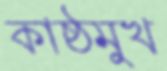
কাষ্ঠমুখ